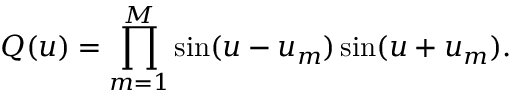
Q ( u ) = \prod _ { m = 1 } ^ { M } \sin ( u - u _ { m } ) \sin ( u + u _ { m } ) . \nonumber